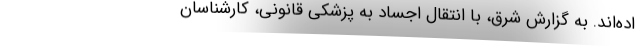
اده‌اند. به گزارش شرق، با انتقال اجساد به پزشکی قانونی، کارشناسان